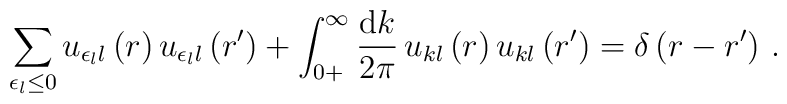
\sum_{\epsilon_l\leq0}u_{\epsilon_ll}\left(r\right)u_{\epsilon_ll}\left(r'\right)+\int_{0+}^\infty\frac{{\rm d}k}{2\pi}\,u_{kl}\left(r\right)u_{kl}\left(r'\right)=\delta\left(r-r'\right)\,.